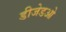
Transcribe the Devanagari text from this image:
डीजेडओ